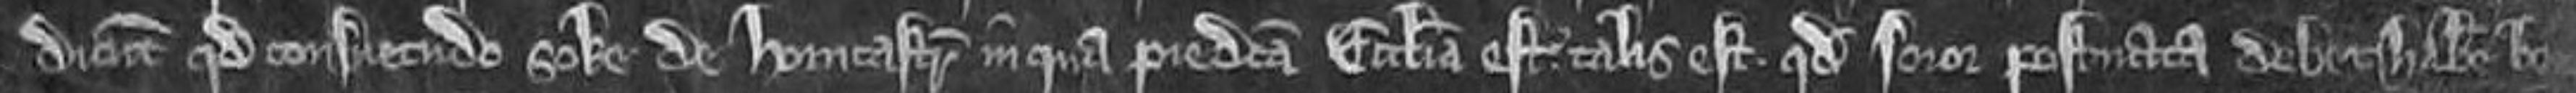
dicunt quod consuetudo soke de Horncastr in qua predicta ecclesia est. talis est quod soror postnata debet habere bene